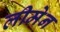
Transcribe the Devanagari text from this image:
लीमेन